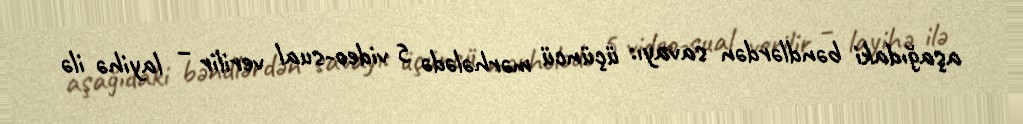
aşağıdaki bəndlərdən savayı: üçüncü mərhələdə 5 video-sual verilir – layihə ilə